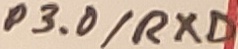
Text: P3.0/RXD